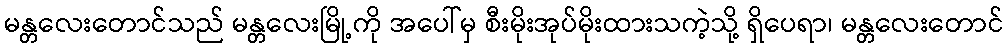
မန္တလေးတောင်သည် မန္တလေးမြို့ကို အပေါ်မှ စီးမိုးအုပ်မိုးထားသကဲ့သို့ ရှိပေရာ၊ မန္တလေးတောင်